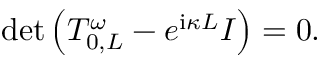
\operatorname* { d e t } \left( T _ { 0 , L } ^ { \omega } - e ^ { \mathrm { i } \kappa L } I \right) = 0 .